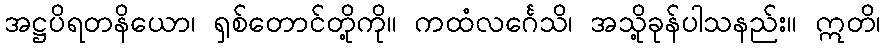
အဋ္ဌပိရတနိယော၊ ရှစ်တောင်တို့ကို။ ကထံလင်္ဂေသိ၊ အသို့ခုန်ပါသနည်း။ ဣတိ၊